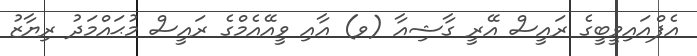
އެފްއައިވީބީގެ ރައީސް އޭރީ ގާޝިއާ (ވ) އާއި ވީއޭއެމްގެ ރައީސް މުޙައްމަދު ރިޔާޒު